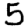
Digit: 5